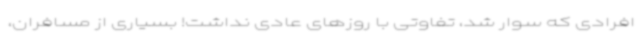
افرادی که سوار شد، تفاوتی با روزهای عادی نداشت! بسیاری از مسافران،